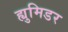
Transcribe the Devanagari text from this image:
ह्युमिडर